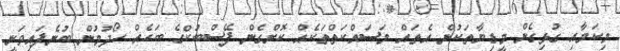
މިކަމާއި ގުޅިގެން މީޑިޔާތަކުން އެތައް މަސައްކަތްތަކެއް ކޮށްގެން ފޭސްބުކްގެ ބަހެއް ހޯދުމުން ބުނެފައިވަނީ